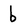
Character: b